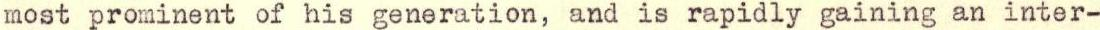
most prominent of his generation, and is rapidly gaining an inter-